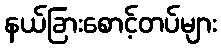
နယ်ခြားစောင့်တပ်များ